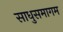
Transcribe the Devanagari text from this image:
साधुसमागम